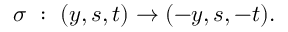
\sigma ~ : ~ ( y , s , t ) \rightarrow ( - y , s , - t ) .